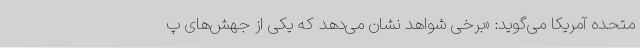
متحده آمریکا می‌گوید: «برخی شواهد نشان می‌دهد که یکی از جهش‌های پ